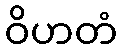
ဝိဟတံ